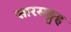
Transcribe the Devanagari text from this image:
सारसङ्ग्रह